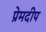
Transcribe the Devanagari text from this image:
प्रेमदीप